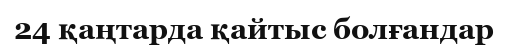
24 қаңтарда қайтыс болғандар